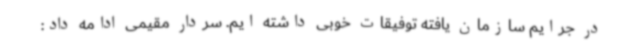
در جرایم سازمان یافته توفیقات خوبی داشته ایم. سردار مقیمی ادامه داد: